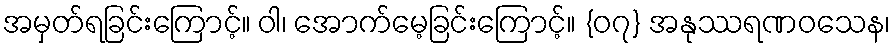
အမှတ်ရခြင်းကြောင့်။ ဝါ၊ အောက်မေ့ခြင်းကြောင့်။ {၀၇} အနုဿရဏဝသေန၊